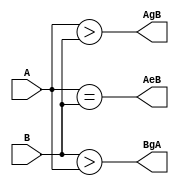
module comp_method1(A,B, AgB, BgA, AeB);
	input [3:0] A, B;
	output wire AgB, BgA, AeB;
	
	assign AgB = A>B;
	assign BgA = B>A;
	assign AeB = A==B;
	
	///
	//assign AgB = (A>B)? 1 : 0;
	//assign BgA = (B>A)? 1 : 0;
	//assign AeB = (A==B)? 1 : 0;

		
endmodule

///////////////////////////////////////////////
module comp_method2(A,B, AgB, BgA, AeB);
	input [3:0] A, B;
	output reg AgB, BgA, AeB;
	
	always @(A,B)
	begin
		AgB = A>B;
		BgA = B>A;
		AeB = A==B;
	end
		
endmodule